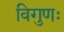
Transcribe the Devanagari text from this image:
विगुणः